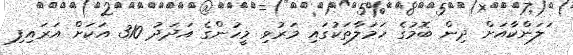
ަލަންކާއަށް ދިން ބޮމުގެ ހަމަލާތަކުގައި މަރުވި މީހުންގެ އަދަދު 310 އަކަށް އަރައިފި